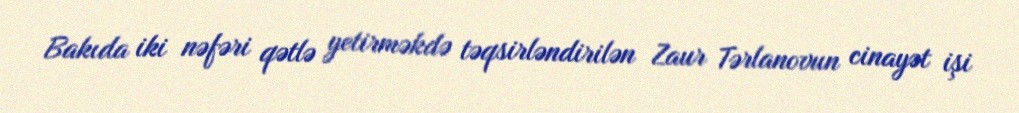
Bakıda iki nəfəri qətlə yetirməkdə təqsirləndirilən Zaur Tərlanovun cinayət işi